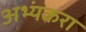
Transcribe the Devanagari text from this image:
अभ्यंकरा